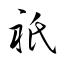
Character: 祇